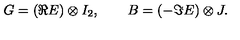
G = ( { \Re } E ) \otimes I _ { 2 } , \qquad B = ( - { \Im } E ) \otimes J .